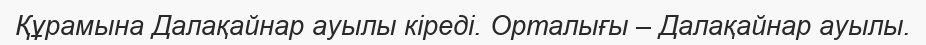
Құрамына Далақайнар ауылы кіреді. Орталығы – Далақайнар ауылы.